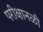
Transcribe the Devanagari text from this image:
परीक्षानळी